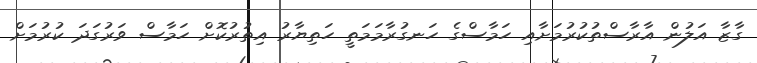
ގާޒާ އަލުން އާރާސްތުކުރުމަށާއި ހަމާސްގެ ހަނގުރާމަމަތީ ހަތިޔާރު އިތުރުކޮށް ހަމާސް ވަރުގަދަ ކުރުމަށް